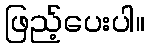
ဖြည့်ပေးပါ။